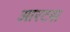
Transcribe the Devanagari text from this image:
आरटस